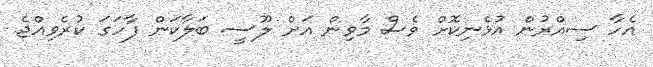
އެހާ ސިއްރުން އުޅެނިކޮށް ވެސް މާވިން އަށް ލޫސީ ބަލާކަން ފާހަގަ ކުރެވިއްޖެ